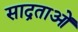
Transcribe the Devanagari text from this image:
साद्रताओं